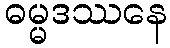
ဓမ္မဒဿနေ